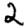
Digit: 2